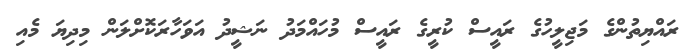
ރައްޔިތުންގެ މަޖިލީހުގެ ރައީސް ކުރީގެ ރައީސް މުހައްމަދު ނަޝީދު އަވަހާރަކޮށްލަން މިދިޔަ މެއި